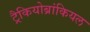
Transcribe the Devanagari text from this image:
ट्रैकियोब्रांकियल